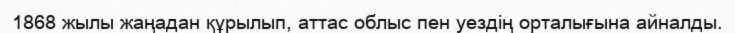
1868 жылы жаңадан құрылып, аттас облыс пен уездің орталығына айналды.